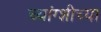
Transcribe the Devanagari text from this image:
च्यांग्शीच्या